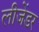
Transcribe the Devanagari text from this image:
लीजेंडर